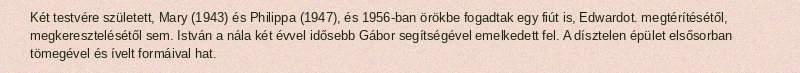
Két testvére született, Mary (1943) és Philippa (1947), és 1956-ban örökbe fogadtak egy fiút is, Edwardot. megtérítésétől, megkeresztelésétől sem. István a nála két évvel idősebb Gábor segítségével emelkedett fel. A dísztelen épület elsősorban tömegével és ívelt formáival hat.